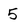
Character: 5